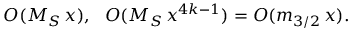
O ( M _ { S } \, x ) , \ \ O ( M _ { S } \, x ^ { 4 k - 1 } ) = O ( m _ { 3 / 2 } \, x ) .